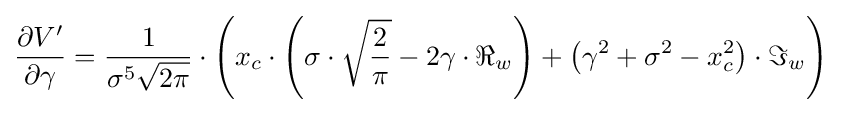
{\begin{aligned}{\frac {\partial V'}{\partial \gamma }}={\frac {1}{\sigma ^{5}{\sqrt {2\pi }}}}\cdot \left(x_{c}\cdot \left(\sigma \cdot {\sqrt {\frac {2}{\pi }}}-2\gamma \cdot \Re _{w}\right)+\left(\gamma ^{2}+\sigma ^{2}-x_{c}^{2}\right)\cdot \Im _{w}\right)\end{aligned}}